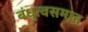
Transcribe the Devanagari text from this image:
बंधुत्वसमान